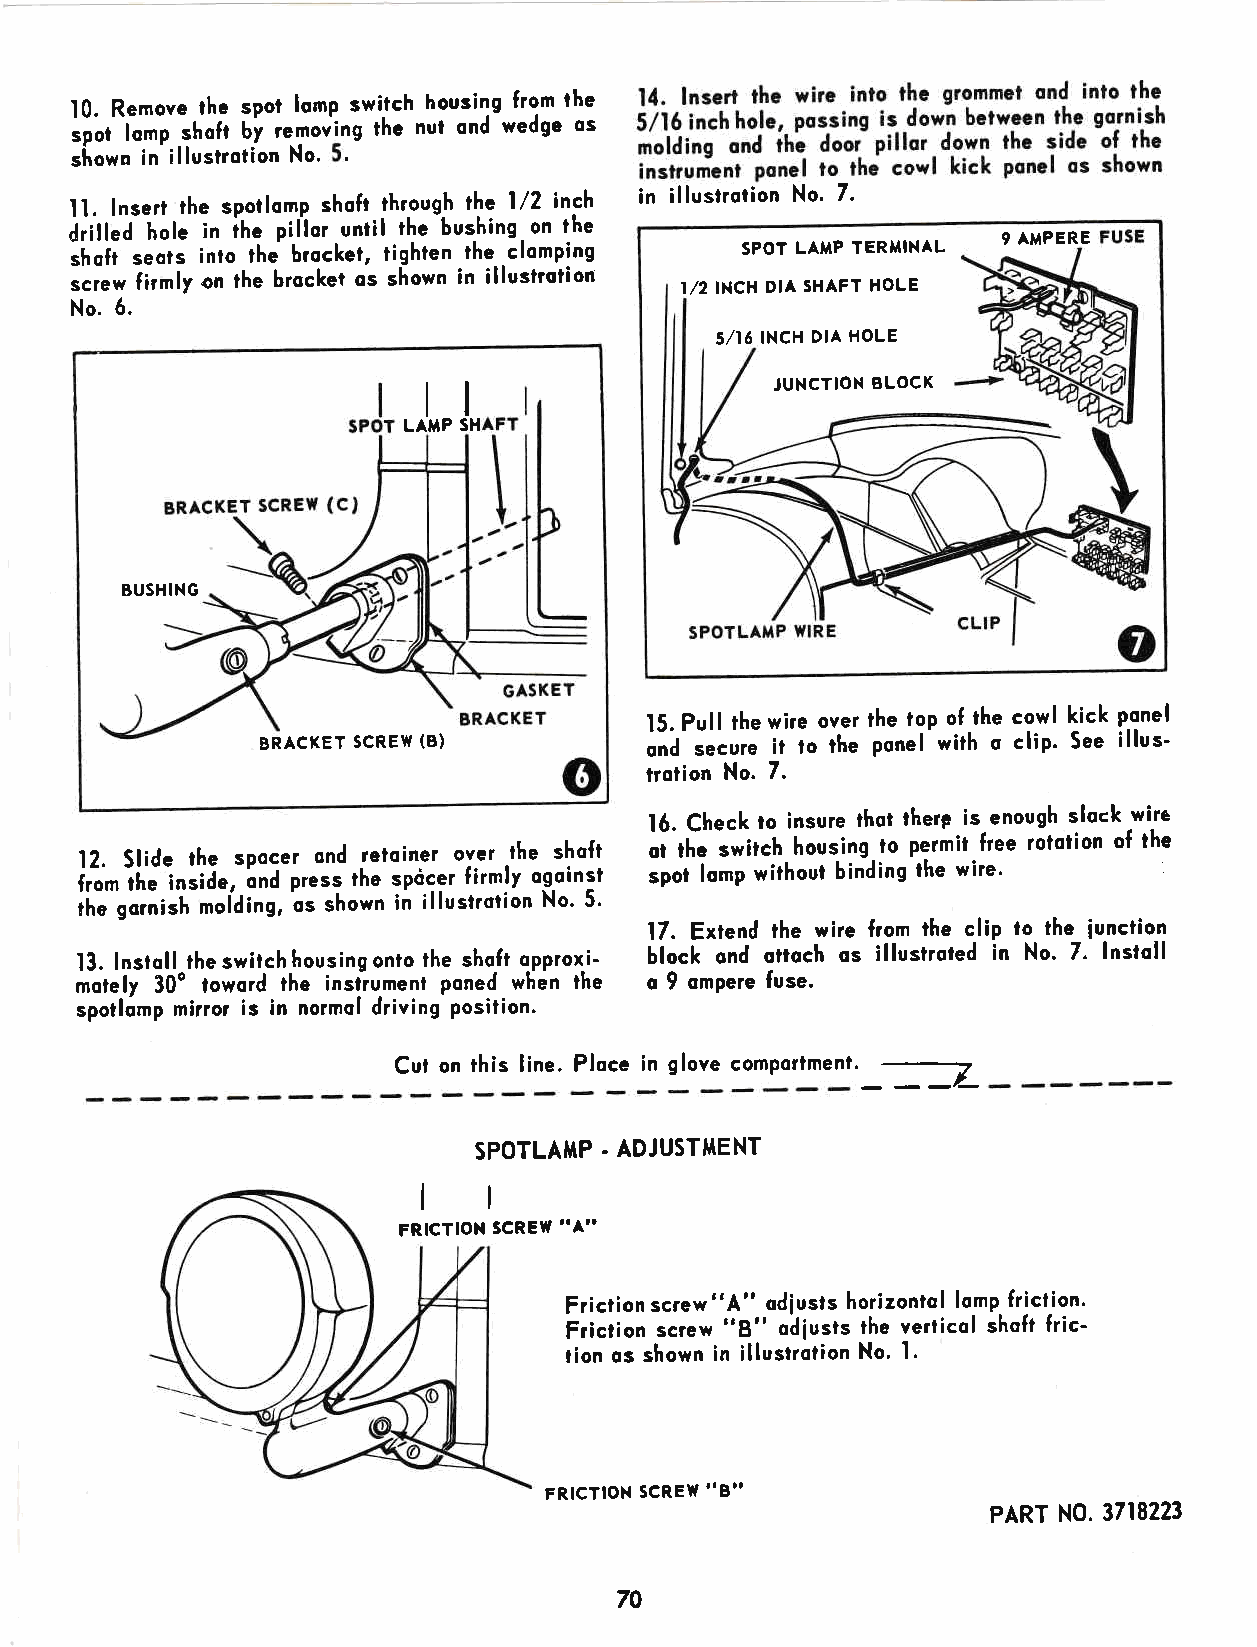
10. R-el"mioov e lhe spot lomp switch housing from the
 .""r     otr Uy removing ihc nut ond wedge os
 =t
 in illustrotion No.
 =io*o
 ll. lnserr the spoilomp shofi through the l/2 inch in illustrotion No. 7.
 liif f"a l"te in ihe piltor until the bushins- on the
 9 AMPERE
 shoft seots into the brockel, tighten the elomping SPOT LAMP TERMINAL
 ".r"* firmly on the brocket os shown in illustrotion I/2 INCH DIA SHAFT HOLE
 No. 6.
 5/I6 INCH DIA HOLE
 !
 JUNCTION BLOCK
 LAMP SH
 BUSHlNG
 15. Pull thewire over ihe lop of the cowl kick p.onel
 BRACKET SCREW (B)         ;;d'=;"rr; it to the ponel'with o clip' See illus'
 lrolion No. 7.
 16. Check lo insure thot therp is enough slock -wire
 i1 ;;2 i,
 l
 Slide
 l"
 st ih de
 e
 ,s P Lno dc e pt
 r
 eo sn sd
 t
 hre et o spin de cet ro fv ire mr lt yh e
 og
 s oh ino sft
 l
 o spi- ott
 t
 r l"
 o
 m"* pi r wch
 ith
 h oo uu
 t
 s bin ing
 d
 it no
 g
 p te hr em wit irf ere 'e roloiion of the
 il" g"iii"i-riiding, os shown in illustrotion No' 5'
 17. Extend the wire from the clip to the iunction
 13. lnstoll the switch housing onto the shoft opproxi' btock ond ottoch os illustroted in No. 7. lnstoll
 motely 30o toword the instiument poned when the o 9 ompere fuse.
 spoilomp mirror is in normol driving posiiion.
 Cut on rhis line. Ploce in glove comportmenl.
 _--
 SPOTLAI'IP' ADJUSTMENT
 lt
 "4"
 FRlcTloN scREW
 Friction screw"A" odiusts horizontol lomp friction'
 Friction screw "S" odiusts the verticol shcft fric'
 tion os shown in illustrotion No. l.
 FRICTION SCREW..B,,
 PART N0. 3718223
 70